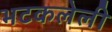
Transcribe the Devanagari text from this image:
भटकलेली